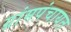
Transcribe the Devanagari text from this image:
ग्रांमपंचायत